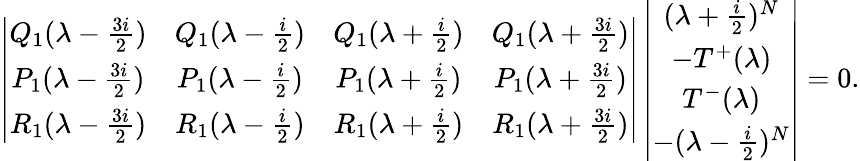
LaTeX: \left|\begin{array}{cccc}{{Q_{1}(\lambda-\frac{3i}{2})}}&{{Q_{1}(\lambda-\frac{i}{2})}}&{{Q_{1}(\lambda+\frac{i}{2})}}&{{Q_{1}(\lambda+\frac{3i}{2})}}\\ {{P_{1}(\lambda-\frac{3i}{2})}}&{{P_{1}(\lambda-\frac{i}{2})}}&{{P_{1}(\lambda+\frac{i}{2})}}&{{P_{1}(\lambda+\frac{3i}{2})}}\\ {{R_{1}(\lambda-\frac{3i}{2})}}&{{R_{1}(\lambda-\frac{i}{2})}}&{{R_{1}(\lambda+\frac{i}{2})}}&{{R_{1}(\lambda+\frac{3i}{2})}}\end{array}\right|\left|\begin{array}{c}{{(\lambda+\frac{i}{2})^{N}}}\\ {{-T^{+}(\lambda)}}\\ {{T^{-}(\lambda)}}\\ {{-(\lambda-\frac{i}{2})^{N}}}\end{array}\right|=0.